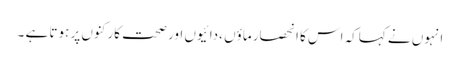
انہوں نے کہاکہ اس کا انحصار ماؤں ،دائیوں اور صحت کارکنوں پر ہوتا ہے ۔